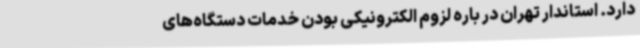
دارد. استاندار تهران در باره لزوم الکترونیکی بودن خدمات دستگاه‌های